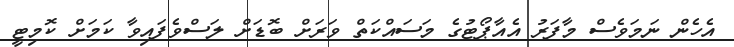
އެހެން ނަމަވެސް މާފަރު އެއާޕޯޓުގެ މަސައްކަތް ވަރަށް ބޮޑަށް ލަސްވެފައިވާ ކަމަށް ކޮމިޓީ